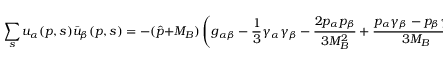
\sum _ { s } u _ { \alpha } ( p , s ) \bar { u } _ { \beta } ( p , s ) = - ( \hat { p } + M _ { B } ) \left( g _ { \alpha \beta } - { \frac { 1 } { 3 } } \gamma _ { \alpha } \gamma _ { \beta } - { \frac { 2 p _ { \alpha } p _ { \beta } } { 3 M _ { B } ^ { 2 } } } + { \frac { p _ { \alpha } \gamma _ { \beta } - p _ { \beta } \gamma _ { \alpha } } { 3 M _ { B } } } \right) ,